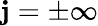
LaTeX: \mathbf{j}=\pm\infty